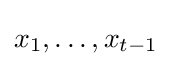
x_{1},\dots ,x_{t-1}